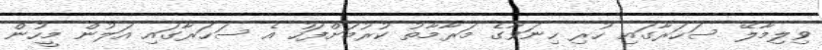
ވިލިމާލޭ ސަހަރާގައި ހުރި ހިނަވާގެ މަރާމާތު ކުރުމަށްފަހު އެ ސަހަރާގައި އަލުން މީހުން